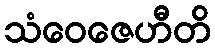
သံဝေဇေဟီတိ